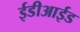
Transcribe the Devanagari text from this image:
ईडीआईड